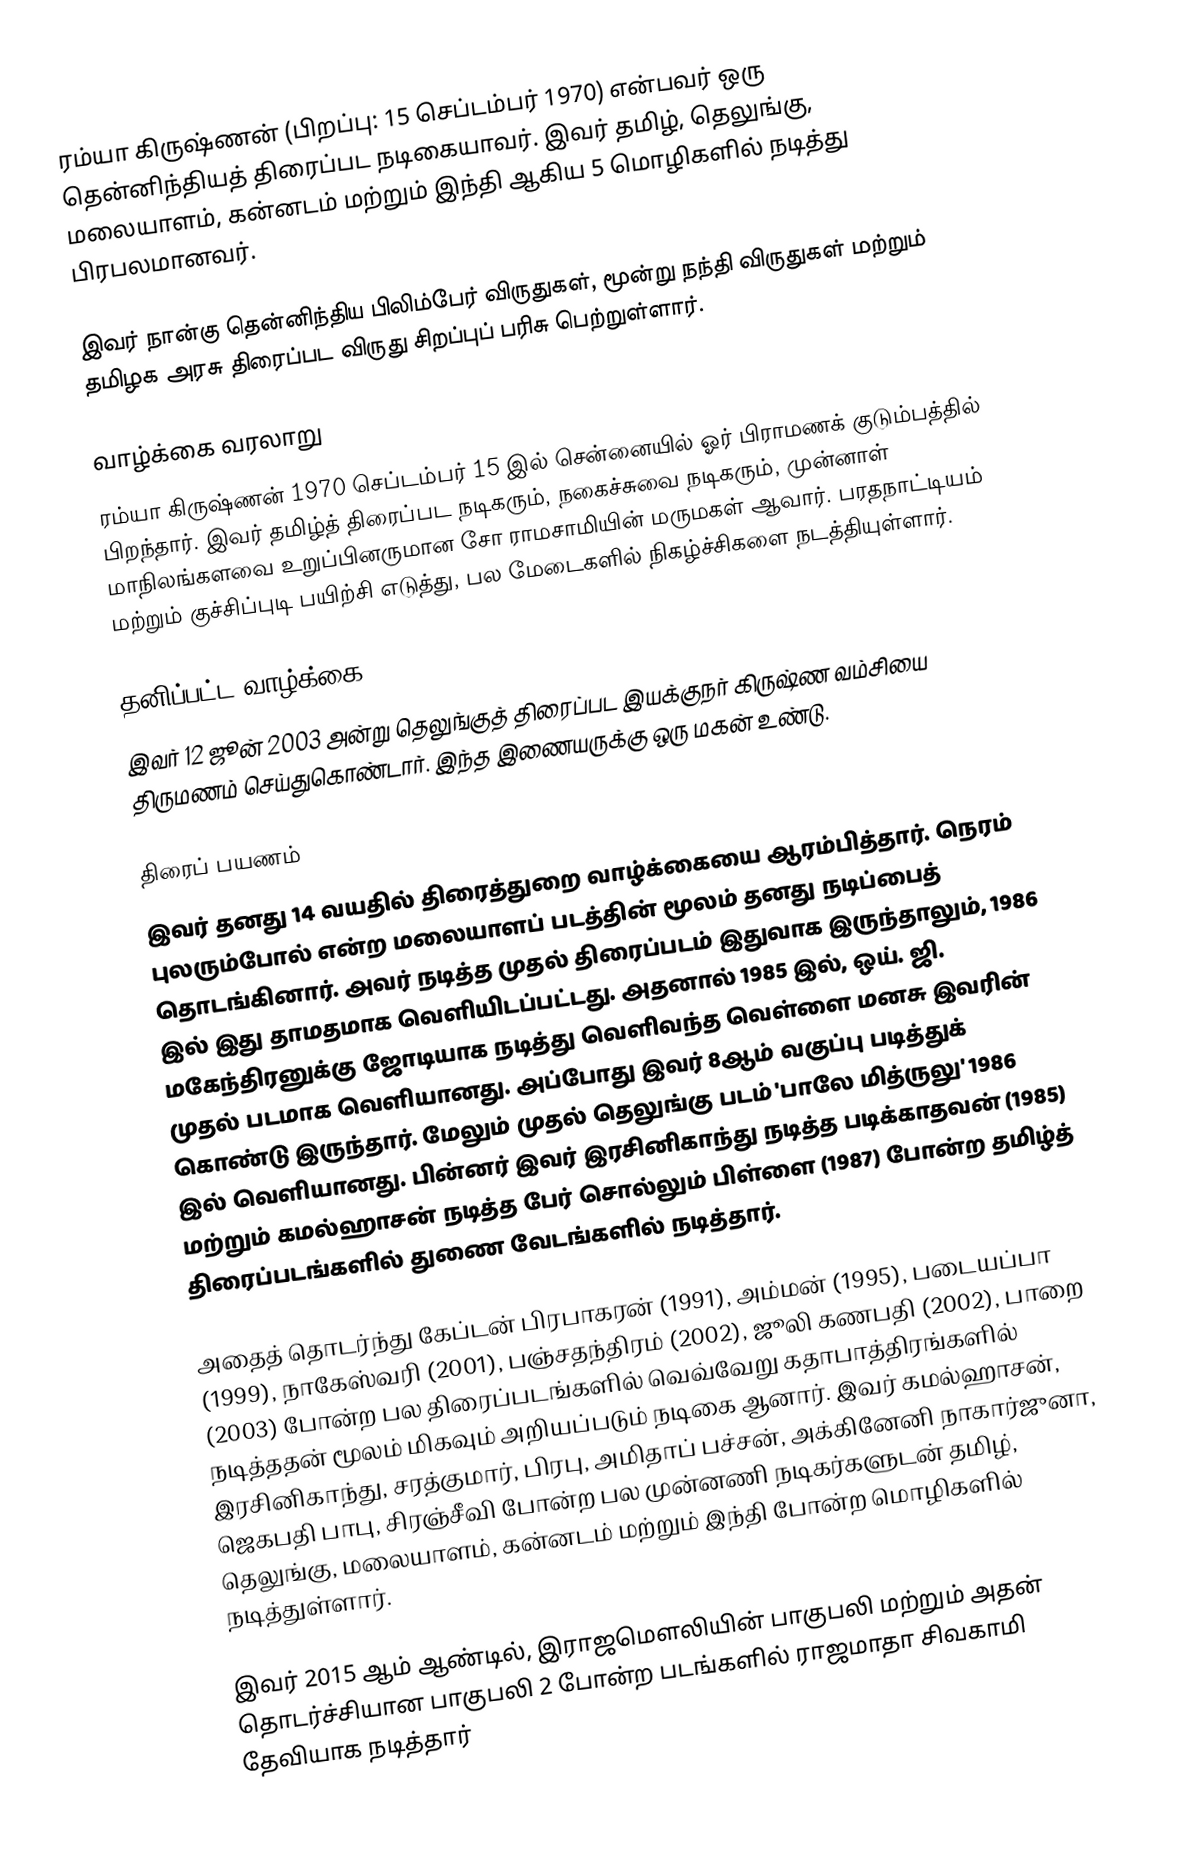
ரம்யா கிருஷ்ணன் (பிறப்பு: 15 செப்டம்பர் 1970) என்பவர் ஒரு தென்னிந்தியத் திரைப்பட நடிகையாவர். இவர் தமிழ், தெலுங்கு, மலையாளம், கன்னடம் மற்றும் இந்தி ஆகிய 5 மொழிகளில் நடித்து பிரபலமானவர்.

இவர் நான்கு தென்னிந்திய பிலிம்பேர் விருதுகள், மூன்று நந்தி விருதுகள் மற்றும் தமிழக அரசு திரைப்பட விருது சிறப்புப் பரிசு பெற்றுள்ளார்.

வாழ்க்கை வரலாறு
ரம்யா கிருஷ்ணன் 1970 செப்டம்பர் 15 இல் சென்னையில் ஓர் பிராமணக் குடும்பத்தில் பிறந்தார். இவர் தமிழ்த் திரைப்பட நடிகரும், நகைச்சுவை நடிகரும், முன்னாள் மாநிலங்களவை உறுப்பினருமான சோ ராமசாமியின் மருமகள் ஆவார். பரதநாட்டியம் மற்றும் குச்சிப்புடி பயிற்சி எடுத்து, பல மேடைகளில் நிகழ்ச்சிகளை நடத்தியுள்ளார்.

தனிப்பட்ட வாழ்க்கை
இவர் 12 ஜூன் 2003 அன்று தெலுங்குத் திரைப்பட இயக்குநர் கிருஷ்ண வம்சியை திருமணம் செய்துகொண்டார். இந்த இணையருக்கு ஒரு மகன் உண்டு.

திரைப் பயணம்
இவர் தனது 14 வயதில் திரைத்துறை வாழ்க்கையை ஆரம்பித்தார். நெரம் புலரும்போல் என்ற மலையாளப் படத்தின் மூலம் தனது நடிப்பைத் தொடங்கினார். அவர் நடித்த முதல் திரைப்படம் இதுவாக இருந்தாலும், 1986 இல் இது தாமதமாக வெளியிடப்பட்டது. அதனால் 1985 இல், ஒய். ஜி. மகேந்திரனுக்கு ஜோடியாக நடித்து வெளிவந்த வெள்ளை மனசு இவரின் முதல் படமாக வெளியானது. அப்போது இவர் 8ஆம் வகுப்பு படித்துக் கொண்டு இருந்தார். மேலும் முதல் தெலுங்கு படம் 'பாலே மித்ருலு' 1986 இல் வெளியானது. பின்னர் இவர் இரசினிகாந்து நடித்த படிக்காதவன் (1985) மற்றும் கமல்ஹாசன் நடித்த பேர் சொல்லும் பிள்ளை (1987) போன்ற தமிழ்த் திரைப்படங்களில் துணை வேடங்களில் நடித்தார்.

அதைத் தொடர்ந்து கேப்டன் பிரபாகரன் (1991), அம்மன் (1995), படையப்பா (1999), நாகேஸ்வரி (2001), பஞ்சதந்திரம் (2002), ஜூலி கணபதி (2002), பாறை (2003) போன்ற பல திரைப்படங்களில் வெவ்வேறு கதாபாத்திரங்களில் நடித்ததன் மூலம் மிகவும் அறியப்படும் நடிகை ஆனார். இவர் கமல்ஹாசன், இரசினிகாந்து, சரத்குமார், பிரபு, அமிதாப் பச்சன், அக்கினேனி நாகார்ஜுனா, ஜெகபதி பாபு, சிரஞ்சீவி போன்ற பல முன்னணி நடிகர்களுடன் தமிழ், தெலுங்கு, மலையாளம், கன்னடம் மற்றும் இந்தி போன்ற மொழிகளில் நடித்துள்ளார்.

இவர் 2015 ஆம் ஆண்டில், இராஜமௌலியின் பாகுபலி மற்றும் அதன் தொடர்ச்சியான பாகுபலி 2 போன்ற படங்களில் ராஜமாதா சிவகாமி தேவியாக நடித்தார்